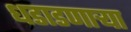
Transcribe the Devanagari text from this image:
धडाडणाऱ्या